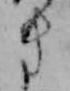
き